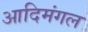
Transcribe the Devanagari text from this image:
आदिमंगल